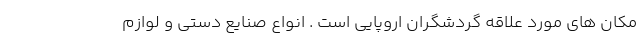
مکان های مورد علاقه گردشگران اروپایی است . انواع صنایع دستی و لوازم